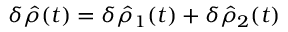
\begin{array} { r } { \delta \hat { \rho } ( t ) = \delta \hat { \rho } _ { 1 } ( t ) + \delta \hat { \rho } _ { 2 } ( t ) } \end{array}